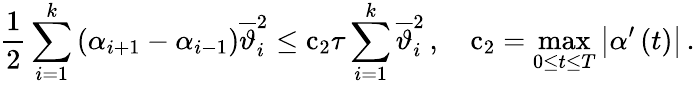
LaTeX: \frac{1}{2}\sum_{i=1}^{k}{\left({\alpha}_{i+1}-{\alpha}_{i-1}\right){\overline{{\vartheta}}}_{i}^{2}}\leq{\mathrm{c}}_{2}{\tau}\sum_{i=1}^{k}{{\overline{{\vartheta}}}_{i}^{2}}\, ,\quad{\mathrm{c}}_{2}=\operatorname*{max}_{0\leq t\leq{T}}{\left|{\alpha}^{\prime}\left(t\right)\right|}\, .